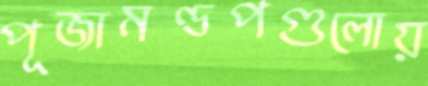
পূজামণ্ডপগুলোয়